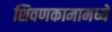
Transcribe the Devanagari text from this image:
शिवणकामामध्ये